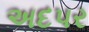
અદપર